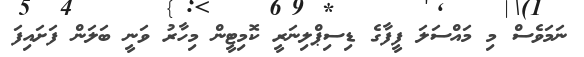
ނަމަވެސް މި މައްސަލަ ފީފާގެ ޑިސިޕްލިނަރީ ކޮމިޓީން މިހާރު ވަނީ ބަލަން ފަށައިފަ